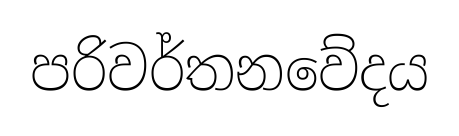
පරිවර්තනවේදය